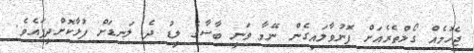
ޖެހުމެއް ގޯލްތެރެއަށް ފޮނުވާލައިގެން ނޭމާ ވަނީ ބާސާގެ ލީޑު ދެ ލަނޑަށް ފުޅާކޮށްދީފައެވެ.